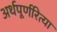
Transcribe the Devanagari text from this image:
अर्थपूर्णरित्या